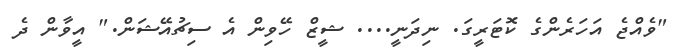
"ވެއްޖެ އަހަރެންގެ ކޮޓަރީގަ. ނިދަނީ.... ޝީޒް ހޭވިން އެ ސިޗުއޭޝަން." އީވާން ދެ